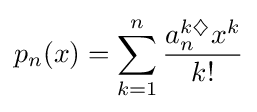
p_{n}(x)=\sum _{k=1}^{n}{a_{n}^{k\diamondsuit }x^{k} \over k!}